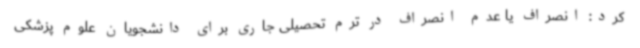
کرد: انصراف یا عدم انصراف در ترم تحصیلی جاری برای دانشجویان علوم پزشکی